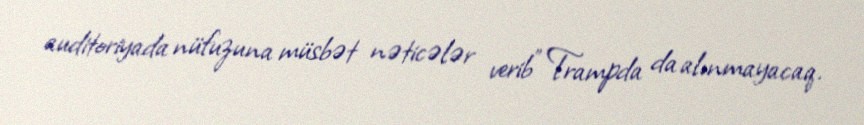
auditoriyada nüfuzuna müsbət nəticələr verib” Trampda da alınmayacaq.